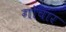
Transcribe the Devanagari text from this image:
गोचार